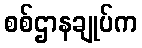
စစ်ဌာနချုပ်က